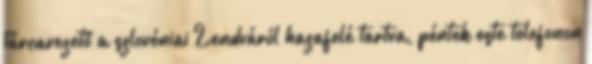
tárcavezető a szlovéniai Lendváról hazafelé tartva, péntek este telefonon